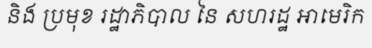
និង ប្រមុខ រដ្ឋាភិបាល នៃ សហរដ្ឋ អាមេរិក